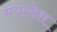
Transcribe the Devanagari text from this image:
मयरमेश